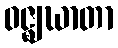
ဝဇ္ဈဃာတာ